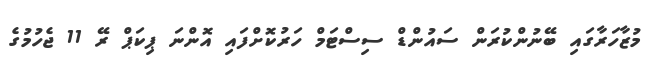
މުޒާހަރާގައި ބޭނުންކުރަން ސައުންޑް ސިސްޓަމް ހަރުކޮށްފައި އޮންނަ ޕިކަޕް ރޭ 11 ޖެހުމުގެ